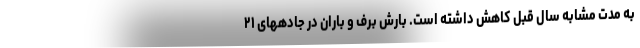
به مدت مشابه سال قبل کاهش داشته است. بارش برف و باران در جادههای ۲۱